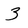
Character: 3